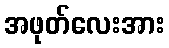
အဖုတ်လေးအား